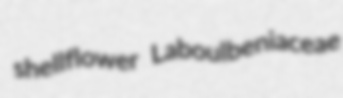
shellflower Laboulbeniaceae